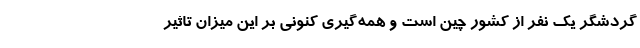
گردشگر یک نفر از کشور چین است و همه‌گیری کنونی بر این میزان تاثیر